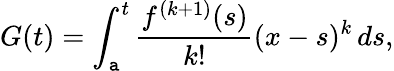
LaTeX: G(t)=\int_{\mathtt{a}}^{t}{\frac{{f^{(k+1)}(s)}}{{k!}}}(x-s)^{k}\, ds,